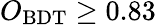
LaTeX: O_{\mathrm{BDT}}\geq 0.83